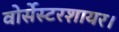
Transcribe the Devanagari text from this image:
वोर्सेस्टरशायर।